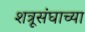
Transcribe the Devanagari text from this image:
शत्रूसंघाच्या